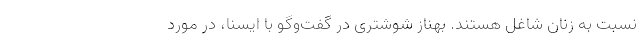
نسبت به زنان شاغل هستند. بهناز شوشتری در گفت‌وگو با ایسنا، در مورد